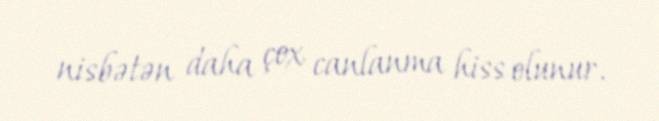
nisbətən daha çox canlanma hiss olunur.